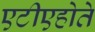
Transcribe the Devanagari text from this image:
एटीएहोते